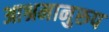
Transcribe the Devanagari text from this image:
आश्रमानुरुप